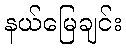
နယ်မြေချင်း